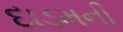
દાડમની